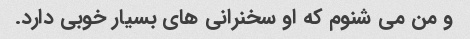
و من می شنوم که او سخنرانی های بسیار خوبی دارد.